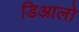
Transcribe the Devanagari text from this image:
डिआलो